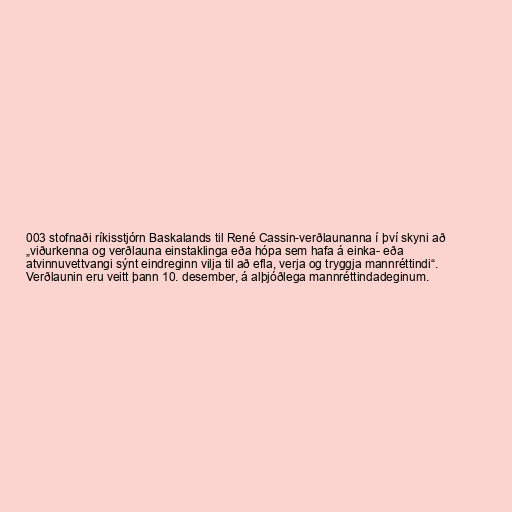
003 stofnaði ríkisstjórn Baskalands til René Cassin-verðlaunanna í því skyni að
„viðurkenna og verðlauna einstaklinga eða hópa sem hafa á einka- eða
atvinnuvettvangi sýnt eindreginn vilja til að efla, verja og tryggja mannréttindi“.
Verðlaunin eru veitt þann 10. desember, á alþjóðlega mannréttindadeginum.